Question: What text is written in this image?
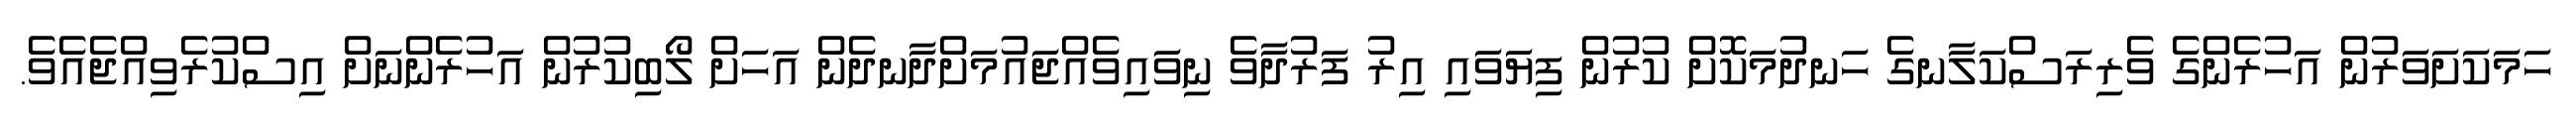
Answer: ހަމަކަށަވަރުން އަހުރެންގެ ވެރިރަސްކަލާނގެ ހަނދުމަކޮށް ކުރުން ފިޔަވައި އިރު ފަރުދާވެ ނިވައިވެއްޖައުމަށްދާނދެން އަހަށް ލޯބިކުރުން އަހުރެންނަށް އިސްކުރެވިއްޖެއެވެ.